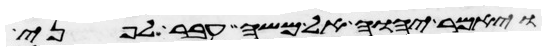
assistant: ויאמר יהוה אל משה עבר לפני